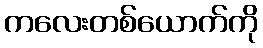
ကလေးတစ်ယောက်ကို